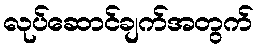
လုပ်ဆောင်ချက်အတွက်